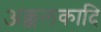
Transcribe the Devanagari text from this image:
अक्कलकादि